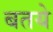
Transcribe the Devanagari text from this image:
बतये